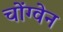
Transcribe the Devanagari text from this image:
चोंग्वेन